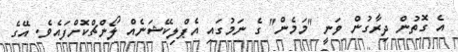
އެ ގޮތުން ދިރާގުން ވަނީ "މަމެން" ގެ ނަމުގައި އެޕްލިކޭޝަނެއް ލޯންޗްކޮށްފައެވެ. އޭގެ